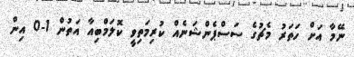
ނޭމާ އަށް ހަތަރު މެޗުގެ ސަސްޕެންޝަނެއް ކުރިމަތިވީ ކޮލަމްބިއާ އަތުން 1-0 އިން